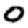
Digit: 0